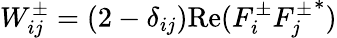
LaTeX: W_{ij}^{\pm}=(2-\delta_{ij})\mathrm{Re}(F_{i}^{\pm}{F_{j}^{\pm}}^{*})